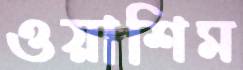
ওয়াশিম